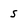
Character: 5